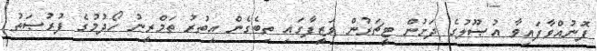
ފޮނުއްވާފައިވާ އުޞޫލުގެ ދަށުން ޓީޗަރުން ވަޒީފާގައި ތިބެގެން އިތުރު ތަމްރީނު ހޯދުމުގެ ފުރުޞަތު